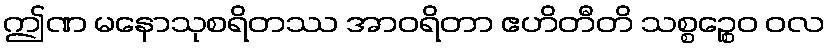
ဤဏ မနောသုစရိတဿ အာဝရိတာ ဧဟိတီတိ သစ္စဉ္စေဝ ဝလ